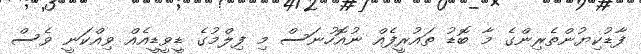
ފާޑުކިޔުންތެރިންގެ މާ ބޮޑު ތައުރީފެއް ނުއޮހުނަސް މި ފިލްމުގެ ޑީވީޑީއެއް ވިއްކަނީ ވެސް